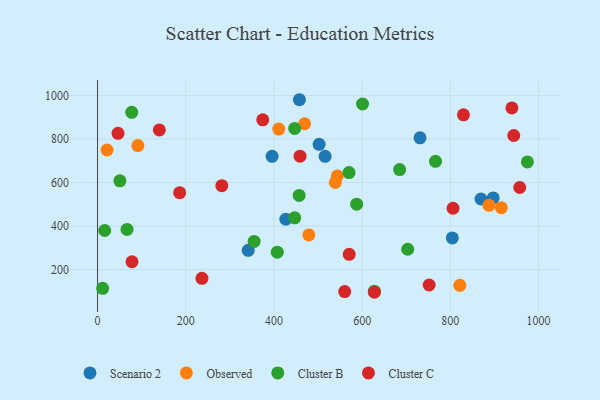
{"axis": {"x": "Experience", "y": "Exam Score"}, "legend": ["Cluster B", "Cluster C", "Observed", "Scenario 2"], "data": [{"x": "502.4", "y": 775.5, "type": "Scenario 2"}, {"x": "395.8", "y": 720.2, "type": "Scenario 2"}, {"x": "897.1", "y": 529.0, "type": "Scenario 2"}, {"x": "515.9", "y": 720.6, "type": "Scenario 2"}, {"x": "869.4", "y": 524.3, "type": "Scenario 2"}, {"x": "731.2", "y": 805.3, "type": "Scenario 2"}, {"x": "341.6", "y": 288.3, "type": "Scenario 2"}, {"x": "426.9", "y": 431.7, "type": "Scenario 2"}, {"x": "457.7", "y": 980.5, "type": "Scenario 2"}, {"x": "804.4", "y": 345.5, "type": "Scenario 2"}, {"x": "539.1", "y": 600.0, "type": "Observed"}, {"x": "469.5", "y": 870.0, "type": "Observed"}, {"x": "915.5", "y": 484.6, "type": "Observed"}, {"x": "479.1", "y": 359.1, "type": "Observed"}, {"x": "543.7", "y": 630.4, "type": "Observed"}, {"x": "410.9", "y": 845.5, "type": "Observed"}, {"x": "887.4", "y": 495.2, "type": "Observed"}, {"x": "821.4", "y": 127.6, "type": "Observed"}, {"x": "91.4", "y": 770.0, "type": "Observed"}, {"x": "21.5", "y": 749.4, "type": "Observed"}, {"x": "457.1", "y": 540.7, "type": "Cluster B"}, {"x": "355.0", "y": 329.2, "type": "Cluster B"}, {"x": "703.2", "y": 293.3, "type": "Cluster B"}, {"x": "407.4", "y": 280.1, "type": "Cluster B"}, {"x": "50.6", "y": 607.8, "type": "Cluster B"}, {"x": "974.6", "y": 694.5, "type": "Cluster B"}, {"x": "66.8", "y": 384.5, "type": "Cluster B"}, {"x": "447.0", "y": 848.5, "type": "Cluster B"}, {"x": "77.5", "y": 922.4, "type": "Cluster B"}, {"x": "587.5", "y": 500.3, "type": "Cluster B"}, {"x": "766.3", "y": 697.5, "type": "Cluster B"}, {"x": "627.5", "y": 100.6, "type": "Cluster B"}, {"x": "11.5", "y": 113.8, "type": "Cluster B"}, {"x": "570.2", "y": 645.6, "type": "Cluster B"}, {"x": "447.0", "y": 437.6, "type": "Cluster B"}, {"x": "684.9", "y": 659.5, "type": "Cluster B"}, {"x": "600.8", "y": 960.9, "type": "Cluster B"}, {"x": "16.2", "y": 379.6, "type": "Cluster B"}, {"x": "374.6", "y": 888.0, "type": "Cluster C"}, {"x": "459.1", "y": 721.3, "type": "Cluster C"}, {"x": "78.1", "y": 235.8, "type": "Cluster C"}, {"x": "46.4", "y": 825.9, "type": "Cluster C"}, {"x": "140.1", "y": 841.6, "type": "Cluster C"}, {"x": "627.8", "y": 95.6, "type": "Cluster C"}, {"x": "186.2", "y": 553.4, "type": "Cluster C"}, {"x": "570.6", "y": 269.9, "type": "Cluster C"}, {"x": "829.6", "y": 911.2, "type": "Cluster C"}, {"x": "957.3", "y": 577.1, "type": "Cluster C"}, {"x": "751.9", "y": 129.0, "type": "Cluster C"}, {"x": "939.5", "y": 943.0, "type": "Cluster C"}, {"x": "560.4", "y": 99.0, "type": "Cluster C"}, {"x": "281.8", "y": 585.6, "type": "Cluster C"}, {"x": "806.0", "y": 481.7, "type": "Cluster C"}, {"x": "236.7", "y": 159.7, "type": "Cluster C"}, {"x": "943.7", "y": 816.1, "type": "Cluster C"}]}